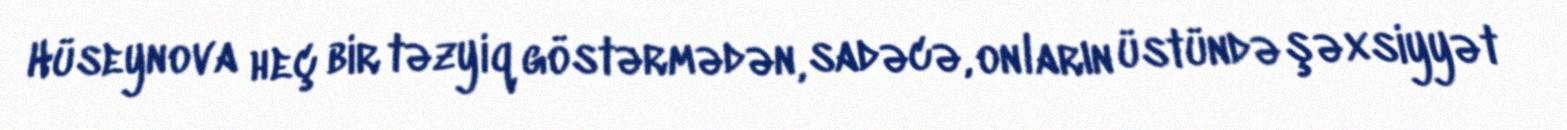
Hüseynova heç bir təzyiq göstərmədən, sadəcə, onların üstündə şəxsiyyət